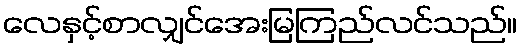
လေနှင့်စာလျှင်အေးမြကြည်လင်သည်။